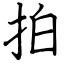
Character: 拍